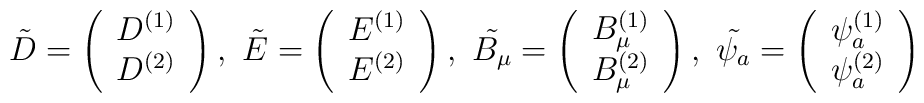
\tilde{D}=\left( \begin{array}{c}D^{(1)} \\ D^{(2)}\end{array}\right),~\tilde{E}=\left( \begin{array}{c}E^{(1)} \\ E^{(2)}\end{array}\right),~\tilde{B_\mu}=\left( \begin{array}{c}B^{(1)}_\mu \\ B^{(2)}_\mu\end{array}\right),~\tilde{\psi_a}=\left( \begin{array}{c}\psi^{(1)}_a \\ \psi^{(2)}_a\end{array}\right)